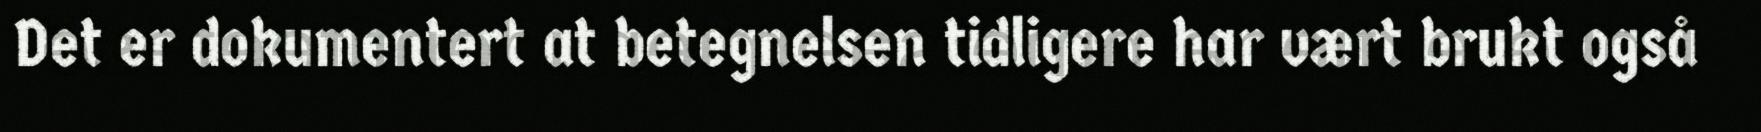
Det er dokumentert at betegnelsen tidligere har vært brukt også